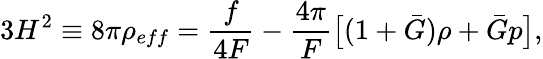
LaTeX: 3H^{2}\equiv 8\pi\rho_{eff}=\frac{f}{4F}-\frac{4\pi}{F}\big[(1+\bar{G})\rho+\bar{G}p\big],